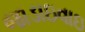
જાડાઇવાઇ